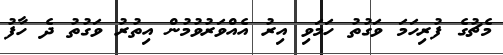
މެޗުގެ ފުރިހަމަ ވަގުތު ހަމަވި އިރު އެއްވަރުވުމުން އިތުރު ވަގުތު ދެ ހާފު